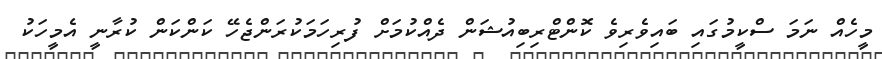
މީހެއް ނަމަ ސްކީމުގައި ބައިވެރިވެ ކޮންޓްރިބިއުޝަން ދެއްކުމަށް ފުރިހަމަކުރަންޖެހޭ ކަންކަން ކުރާނީ އެމީހަކު